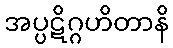
အပ္ပဋိဂ္ဂဟိတာနိ